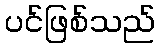
ပင်ဖြစ်သည်